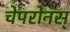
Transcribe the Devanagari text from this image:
चेपरोनस्